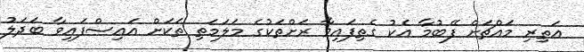
އަތިރި މައްޗަށް ފޭބުމާ އެކު ގެތިފައިވާ ރަށްތަކުގެ މަލަމަތި ތަކަށް އައިސްފައިވާ ބަދަލު